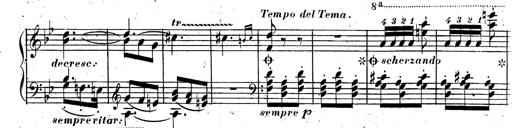
Title: Rondeau fantastique sur un thÃ¨me espagnol
Composer: Franz Liszt